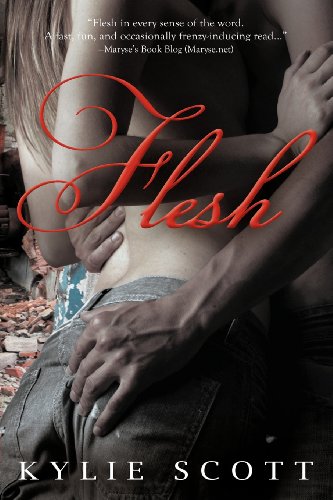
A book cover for Flesh; Kylie Scott; Romance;